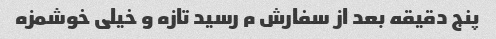
پنج دقیقه بعد از سفارش م رسید تازه و خیلی خوشمزه